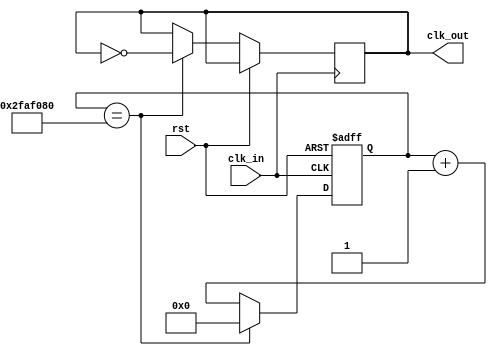
`timescale 1ns / 1ps


module freq_div(
     clk_in,
     rst,
     clk_out
    );
    input  clk_in;
    input  rst;
    output reg clk_out;
    reg [27:0] cnt,cnt_tmp;
    
    initial 
    begin
        cnt <= 27'b0;
        clk_out <= 1'b0;
    end
    
    always@( cnt )
        cnt_tmp <= cnt + 1;
        
    always@( posedge clk_in or posedge rst )
    begin
        if(rst)
            cnt <= 27'b0;
        else if( cnt == 50000000 )
        begin
            clk_out <= ~clk_out;
            cnt <= 27'b0;
        end
        else
            cnt <= cnt_tmp;
    end
    

endmodule